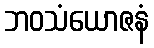
ဘဝသံယောဇနံ